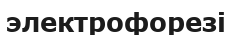
электрофорезі